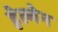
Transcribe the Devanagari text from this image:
हेल्गेन